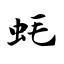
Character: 蚝